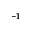
^ { - 1 }